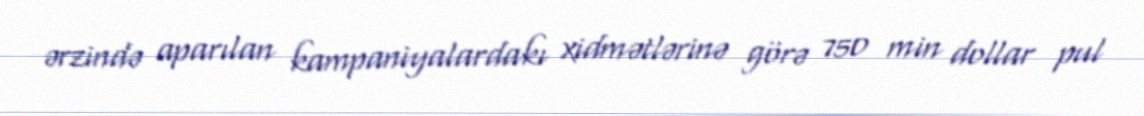
ərzində aparılan kampaniyalardakı xidmətlərinə görə 750 min dollar pul